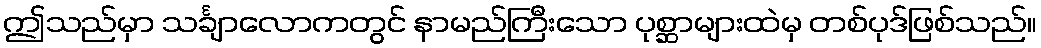
ဤသည်မှာ သင်္ချာလောကတွင် နာမည်ကြီးသော ပုစ္ဆာများထဲမှ တစ်ပုဒ်ဖြစ်သည်။